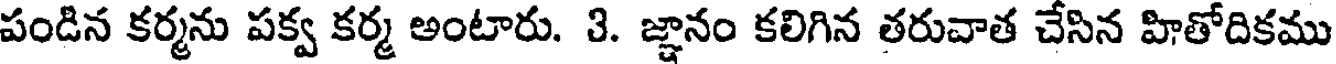
పండిన కర్మను పక్వ కర్మ అంటారు. 3. జ్ఞానం కలిగిన తరువాత చేసిన హితోదికము